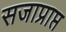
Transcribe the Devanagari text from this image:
सजाप्राप्त